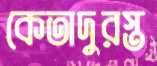
কেতাদুরস্ত